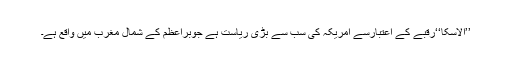
’’الاسکا‘‘رقبے کے اعتبارسے امریکہ کی سب سے بڑی ریاست ہے جوبراعظم کے شمال مغرب میں واقع ہے۔